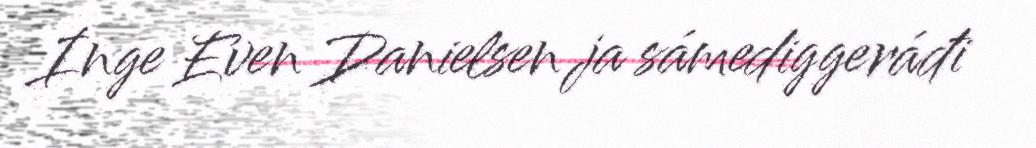
Inge Even Danielsen ja sámediggeráđi